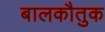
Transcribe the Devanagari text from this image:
बालकौतुक